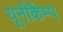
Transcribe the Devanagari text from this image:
यूनीकैम्प